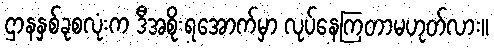
ဌာနနှစ်ခုစလုံးက ဒီအစိုးရအောက်မှာ လုပ်နေကြတာမဟုတ်လား။